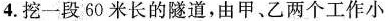
4.挖一段60米长的隧道，由甲、乙两个工作小